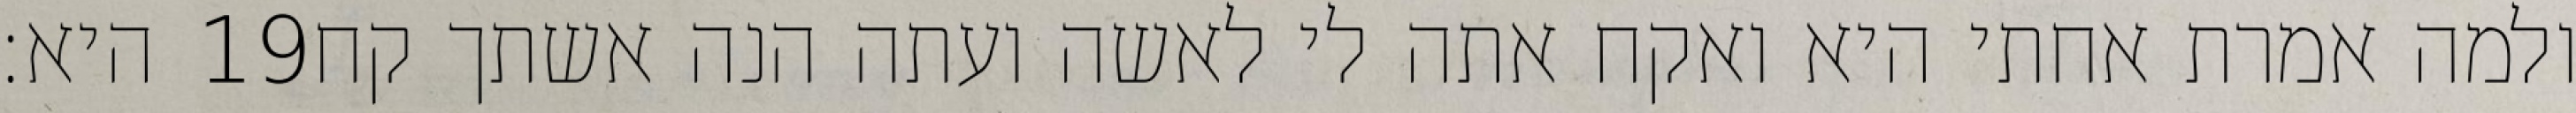
היא׃ ‎19‏ ולמה אמרת אחתי היא ואקח אתה לי לאשה ועתה הנה אשתך קח